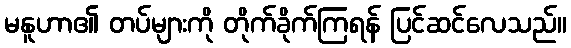
မနူဟာ၏ တပ်များကို တိုက်ခိုက်ကြရန် ပြင်ဆင်လေသည်။